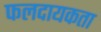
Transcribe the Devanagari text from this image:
फलदायकता